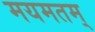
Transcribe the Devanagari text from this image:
मयमतम्